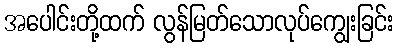
အပေါင်းတို့ထက် လွန်မြတ်သောလုပ်ကျွေးခြင်း